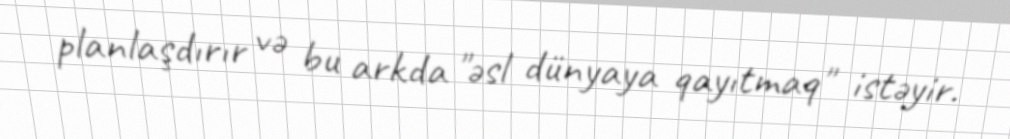
planlaşdırır və bu arkda "əsl dünyaya qayıtmaq" istəyir.